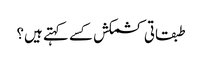
طبقاتی کشمکش کسے کہتے ہیں؟